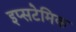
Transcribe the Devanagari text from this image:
इप्सटेमिक